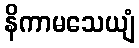
နိကာမသေယျံ